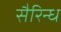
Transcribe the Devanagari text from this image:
सैरिन्ध